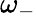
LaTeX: \omega_{-}